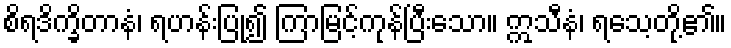
စိရဒိက္ခိတာနံ၊ ရဟန်းပြု၍ ကြာမြင့်ကုန်ပြီးသော။ ဣသီနံ၊ ရသေ့တို့၏။